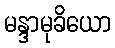
မန္ဒာမုခိယော